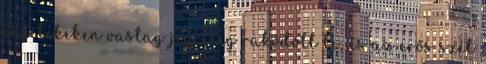
vezetékeken vastag jégréteg rakódott le, és az erős szél